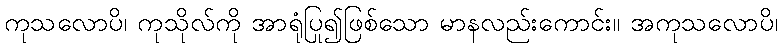
ကုသလောပိ၊ ကုသိုလ်ကို အာရုံပြု၍ဖြစ်သော မာနလည်းကောင်း။ အကုသလောပိ၊